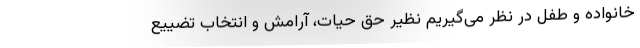
خانواده و طفل در نظر می‌گیریم نظیر حق حیات، آرامش و انتخاب تضییع